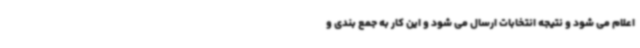
اعلام می شود و نتیجه انتخابات ارسال می شود و این کار به جمع بندی و